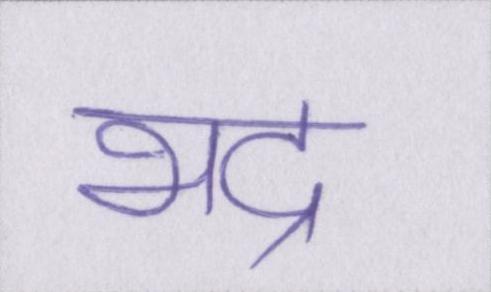
भद्र